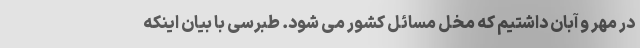
در مهر و آبان داشتیم که مخل مسائل کشور می شود. طبرسی با بیان اینکه